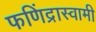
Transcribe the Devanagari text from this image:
फणिंद्रास्वामी